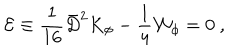
LaTeX: { \mathcal E } \equiv \frac { 1 } { 1 6 } { \bar { D } } ^ { 2 } K _ { \phi } - \frac { 1 } { 4 } { \mathcal W } _ { \phi } = 0 \ ,